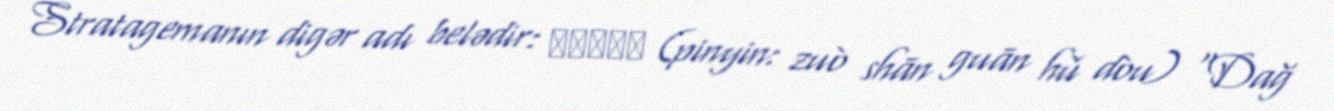
Stratagemanın digər adı belədir: 坐山觀虎鬥 (pinyin: zuò shān guān hǔ dòu) “Dağ